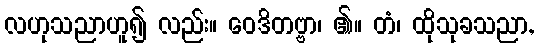
လဟုသညာဟူ၍ လည်း။ ဝေဒိတဗ္ဗာ၊ ၏။ တံ၊ ထိုသုခသညာ,